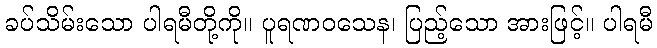
ခပ်သိမ်းသော ပါရမီတို့ကို။ ပူရဏဝသေန၊ ပြည့်သော အားဖြင့်။ ပါရမီ